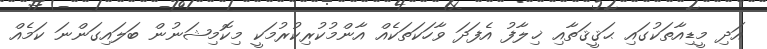
އަދި މީޑިއާތަކުގައި ޙަޤީޤަތާއި ޚިލާފު އެފަދަ ވާހަކަތަކެއް އާންމުކުރިކުރުމަކީ މިކޮމިޝަނުން ބަލައިގަންނަ ކަމެއް